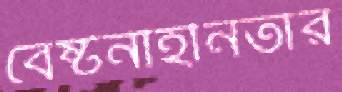
বেষ্টনীহীনতার